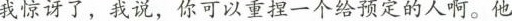
我惊讶了，我说，你可以重捏一个给预定的人啊。他笑照：